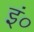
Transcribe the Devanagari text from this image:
इं०